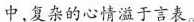
中，复杂的心情溢于言表。